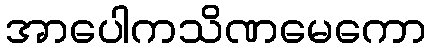
အာပေါကသိဏမေကော